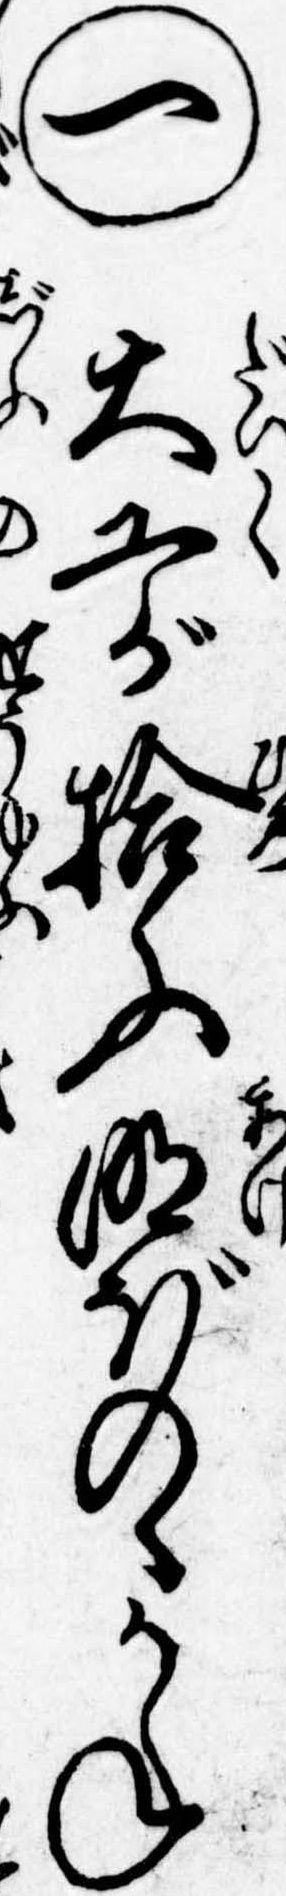
㊀大工が拾ふ明ぼのゝかね